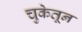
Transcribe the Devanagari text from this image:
चुकेतून